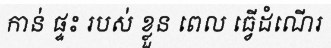
កាន់ ផ្ទះ របស់ ខ្លួន ពេល ធ្វើដំណើរ